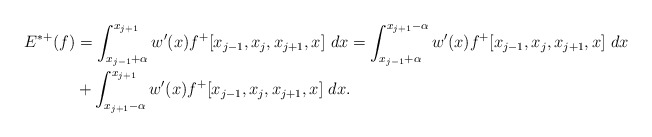
\begin{align*}\begin{aligned}E^{*+}(f)&=\int_{x_{j-1}+\alpha}^{x_{j+1}} w'(x)f^+[x_{j-1}, x_{j}, x_{j+1},x]\ dx=\int_{x_{j-1}+\alpha}^{x_{j+1}-\alpha} w'(x)f^+[x_{j-1}, x_{j}, x_{j+1},x]\ dx\\&+\int_{x_{j+1}-\alpha}^{x_{j+1}} w'(x)f^+[x_{j-1}, x_{j}, x_{j+1},x]\ dx.\end{aligned}\end{align*}